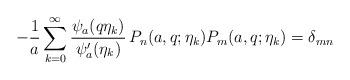
LaTeX: \begin{align*} -\frac{1}{a}\sum_{k=0}^{\infty} \frac{\psi_{a}(q\eta_{k})}{\psi_{a}'(\eta_{k})}\, P_{n}(a,q; \eta_{k})P_{m}(a,q;\eta_{k})=\delta_{mn} \end{align*}